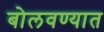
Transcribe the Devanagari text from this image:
बोलवण्यात